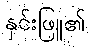
နှင်းဖြူ၏